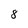
Character: 8